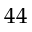
4 4